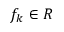
f _ { k } \in R